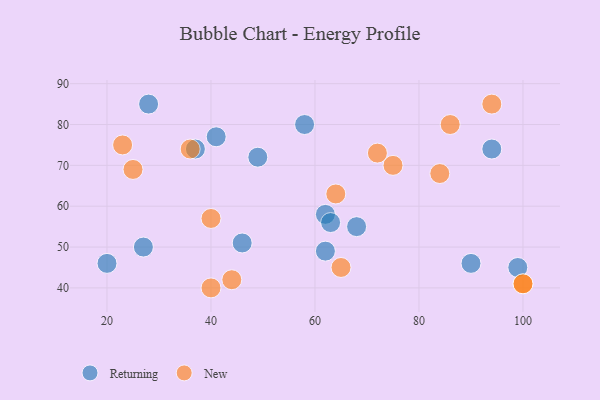
{"axis": {"x": "GDP", "y": "Life Expectancy"}, "legend": ["New", "Returning"], "data": [{"x": "49", "y": 72, "type": "Returning"}, {"x": "46", "y": 51, "type": "Returning"}, {"x": "62", "y": 58, "type": "Returning"}, {"x": "90", "y": 46, "type": "Returning"}, {"x": "99", "y": 45, "type": "Returning"}, {"x": "63", "y": 56, "type": "Returning"}, {"x": "37", "y": 74, "type": "Returning"}, {"x": "20", "y": 46, "type": "Returning"}, {"x": "27", "y": 50, "type": "Returning"}, {"x": "68", "y": 55, "type": "Returning"}, {"x": "62", "y": 49, "type": "Returning"}, {"x": "28", "y": 85, "type": "Returning"}, {"x": "41", "y": 77, "type": "Returning"}, {"x": "58", "y": 80, "type": "Returning"}, {"x": "94", "y": 74, "type": "Returning"}, {"x": "75", "y": 70, "type": "New"}, {"x": "100", "y": 41, "type": "New"}, {"x": "94", "y": 85, "type": "New"}, {"x": "25", "y": 69, "type": "New"}, {"x": "64", "y": 63, "type": "New"}, {"x": "65", "y": 45, "type": "New"}, {"x": "84", "y": 68, "type": "New"}, {"x": "86", "y": 80, "type": "New"}, {"x": "100", "y": 41, "type": "New"}, {"x": "44", "y": 42, "type": "New"}, {"x": "72", "y": 73, "type": "New"}, {"x": "23", "y": 75, "type": "New"}, {"x": "40", "y": 40, "type": "New"}, {"x": "36", "y": 74, "type": "New"}, {"x": "40", "y": 57, "type": "New"}]}